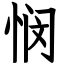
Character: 悯